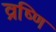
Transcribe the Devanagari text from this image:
व्रष्णि